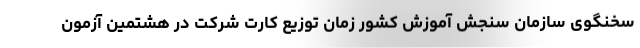
سخنگوی سازمان سنجش آموزش کشور زمان توزیع کارت شرکت در هشتمین آزمون